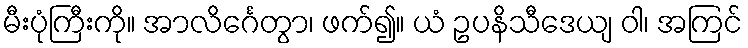
မီးပုံကြီးကို။ အာလိင်္ဂေတွာ၊ ဖက်၍။ ယံ ဥပနိသီဒေယျ ဝါ၊ အကြင်